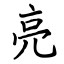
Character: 亮